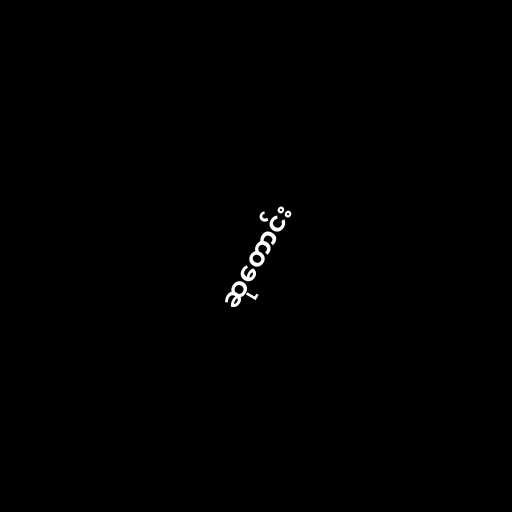
ဆုတောင်း